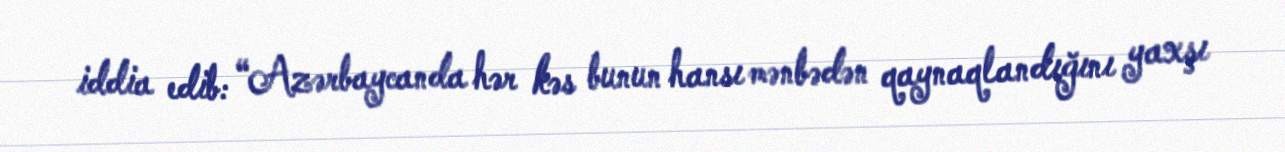
iddia edib: “Azərbaycanda hər kəs bunun hansı mənbədən qaynaqlandığını yaxşı